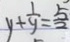
y + \frac { 1 } { y } = \frac { 5 } { 2 }